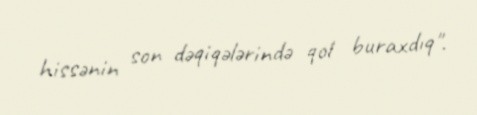
hissənin son dəqiqələrində qol buraxdıq".